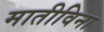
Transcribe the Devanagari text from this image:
मातीविना